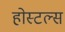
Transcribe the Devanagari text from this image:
होस्टल्स